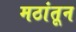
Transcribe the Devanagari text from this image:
मठांतून